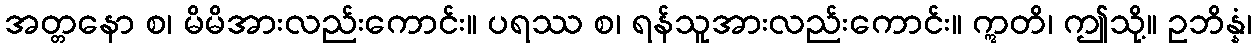
အတ္တနော စ၊ မိမိအားလည်းကောင်း။ ပရဿ စ၊ ရန်သူအားလည်းကောင်း။ ဣတိ၊ ဤသို့။ ဥဘိန္နံ၊